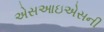
એસઆઇએસની